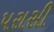
પરાસી